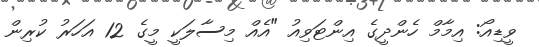
ވީޑިއޯ: އިމާމް ހެންދީގެ އިންޓަވިއު "އެއް މިސާލަކީ މީގެ 12 އަހަރު ކުރިން